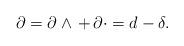
LaTeX: \begin{align*}\partial = \partial \wedge \, + \, \partial \cdot = d-\delta .\end{align*}